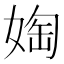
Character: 𫱀